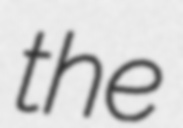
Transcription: the